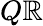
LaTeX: Q\mathbb{R}